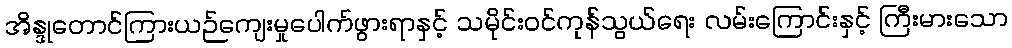
အိန္ဒုတောင်ကြားယဉ်ကျေးမှုပေါက်ဖွားရာနှင့် သမိုင်းဝင်ကုန်သွယ်ရေး လမ်းကြောင်းနှင့် ကြီးမားသော